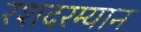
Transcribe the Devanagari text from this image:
रशदरम्यान